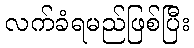
လက်ခံရမည်ဖြစ်ပြီး